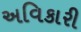
અવિકારી